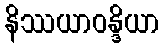
နိဿယာဝန္ဒိယာ